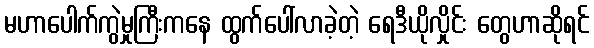
မဟာပေါက်ကွဲမှုကြီးကနေ ထွက်ပေါ်လာခဲ့တဲ့ ရေဒီယိုလှိုင်း တွေဟာဆိုရင်